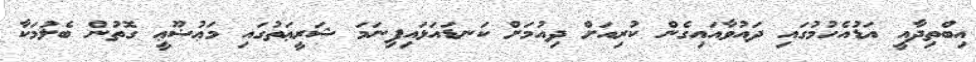
އިބްތިދާއީ އަޑުއެހުމުގައި ދައުވާއައިގެން ކުރިއަށް ދިއުމަށް ކަނޑައަޅައިފިނަމަ ޝަރީޢަތުގައި މަޢުޟޫޢީ ގޮތުން ބެލުމަކާ